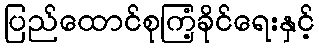
ပြည်ထောင်စုကြံ့ခိုင်ရေးနှင့်